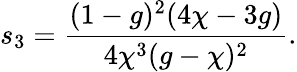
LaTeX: s_{3}=\frac{(1-g)^{2}(4\chi-3g)}{4\chi^{3}(g-\chi)^{2}}.